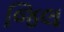
જિલ